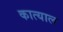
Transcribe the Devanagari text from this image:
कात्याल